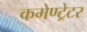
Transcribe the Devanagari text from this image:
कमेण्ट्रेटर